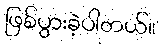
ဖြစ်ပွားခဲ့ပါတယ်။